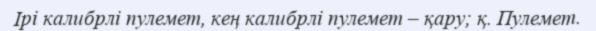
Ірі калибрлі пулемет, кең калибрлі пулемет – қару; қ. Пулемет.